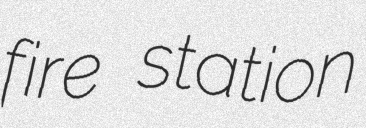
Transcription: fire station